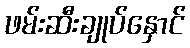
ဖမ်းဆီးချုပ်နှောင်